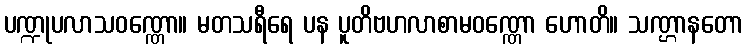
ပဏ္ဍုပလာသဝဏ္ဏော။ မတသရီရေ ပန ပူတိဗဟလာစာမဝဏ္ဏော ဟောတိ။ သဏ္ဌာနတော